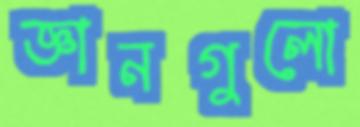
জ্ঞানগুলো